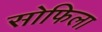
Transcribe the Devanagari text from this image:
सोफिला